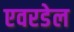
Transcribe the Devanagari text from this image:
एवरडेल